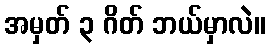
အမှတ် ၃ ဂိတ် ဘယ်မှာလဲ။